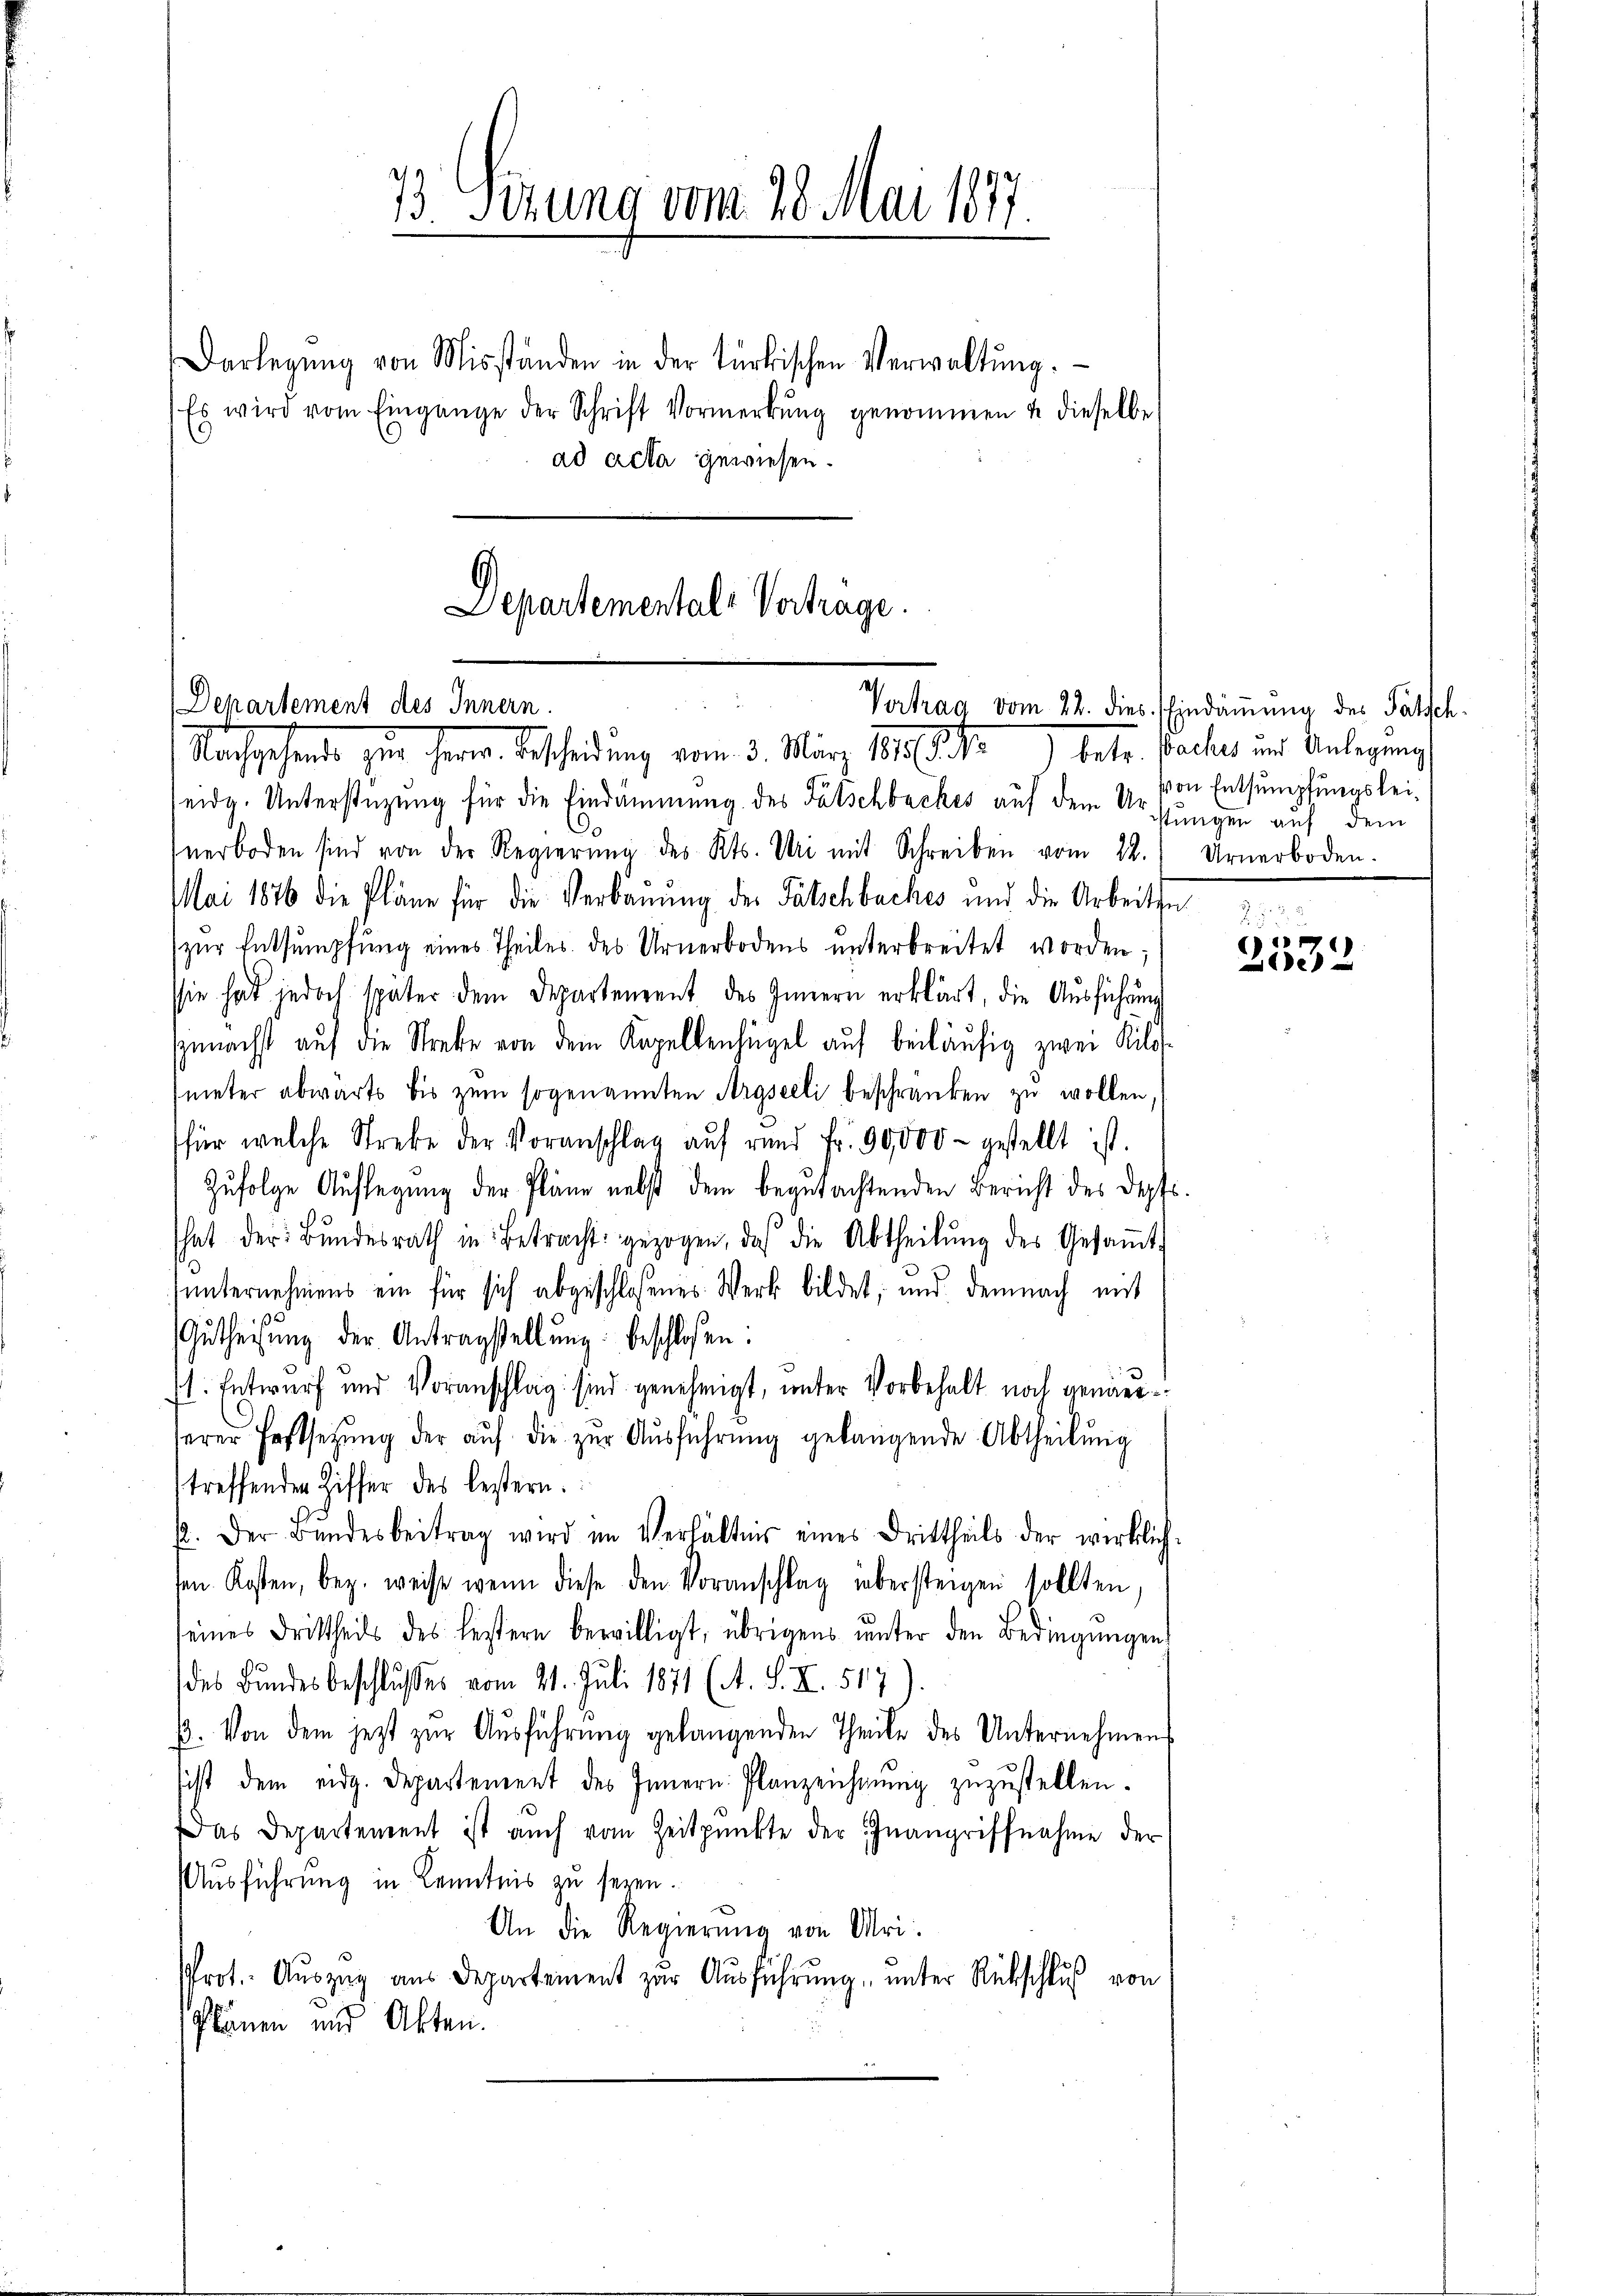
Darlegŭng von Misständen in der türkischen Verwaltŭng.
Es wird vom Eingange der Schrift Vormerkŭng genommen & dieselbe
ad acta gewiesen.

Departemental-Vertrage.
Departement des Innern.

73 Sezung vom 20. Mai 187.

Nachgehende zur Herrn Bescheidung vom 3. März 189
seidg. Unterstüzung für die Eindämmung des Fälschbaches auf dem stungen auf dem
nerboden sind von der Regierŭng des Kts. Uri mit Schreiben vom 22.
Mai 1876 die Pläne für die Verbaŭŭng der Patschbaches und die Arbeiten
zŭr Entsumpfŭng eines Theiles des Urnerbodens ŭnterbreitet worden;
ssie hat jedoch später dem Departement des Innern erklärt, die Ausführung
Zunächst auf die Streke von dem Kapellenlügel auf beiläufig zwei Kilot
meter abwärts bis zŭm sogenannten Argseeli beschränken zŭ wollen.
für welche Streke der Voranschlag auf rund Fr. 90,000 - gestellt ist.
Zufolge Auflegung der Pläne nebst dem begutachtenden Bericht des Dopfs
hat der Bŭndesrath in Betracht gezogen, daß die Abtheilŭng des Gesaṁt-
unternehmens ein für sich abgeschlossenes Werk bildet, und demnach mit
Gŭtheisŭng der Antragstellŭng beschloßen:
s. Entwurf und Voranschlag sind genehmigt, unter Vorbehalt noch genäuserer Festsetzŭng der aŭf die zŭr Aŭsführung gelangende Abtheilŭng
treffenden Ziffer des bestern.
12. Der Bŭndesbeitrag wird im Verhältnis eines Drittheils der wirklich
sen. Kosten, bez. weise wenn diese den Voranschlag übersteigen sollten,
seines Drittheils des lestern bewilligt, übrigens ŭnter den Bedingŭngen
des Bundesbeschlußes vom 21. Juli 1871 (A. S. XI. 517
E. Von dem jezt zŭr Aŭsführŭng gelangenden Theile des Unternehmens
sicht dem eidg. Departement des Innern. Planzeichnŭng zuzustellen.
Das Departement ist auch vom Zeitpunkte der Inangriffnahme der
Ausführung in Kenntnis zu seyen.
An die Regierŭng von Uri:
Prot. Aŭszŭg aŭs Departement zŭr Aŭsführŭng ŭnter Rückschlŭβ von
Plänen und Akten.

Vertrag vom 22. dies. Eindämmung des Patsch¬

betr. Baches und Anlegung
von Entsumpfungslei¬
Urnerboden.

n
e